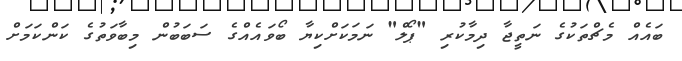
ބައެއް މެޗްތަކުގެ ނަތީޖާ ދިމާކުރި "ޕޯލް" ނަމަކަށްކިޔާ ބޯވައެއްގެ ސަބަބުން މިބާވަތުގެ ކަންކަމަށް